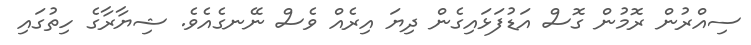
ސިއްރުން ރޮމުން ގޮސް އަޑުފަޅައިގެން ދިޔަ އިރެއް ވެސް ނޭނގެއެވެ. ޝިޔާރާގެ ހިތުގައި